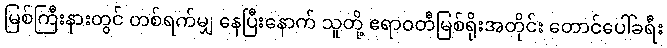
မြစ်ကြီးနားတွင် တစ်ရက်မျှ နေပြီးနောက် သူတို့ ဧရာဝတီမြစ်ရိုးအတိုင်း တောင်ပေါ်ခရီး